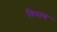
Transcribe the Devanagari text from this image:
विधाण